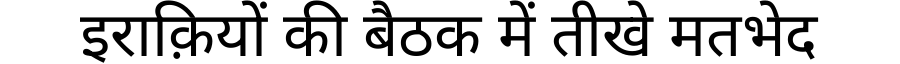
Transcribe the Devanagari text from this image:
इराक़ियों की बैठक में तीखे मतभेद